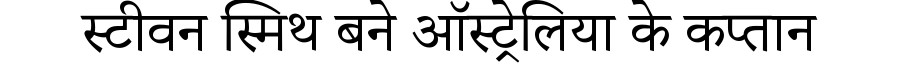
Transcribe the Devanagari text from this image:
स्टीवन स्मिथ बने ऑस्ट्रेलिया के कप्तान